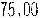
75.00